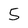
Character: 5